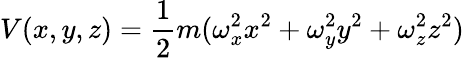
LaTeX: V(x,y,z)=\frac{1}{2}m(\omega_{x}^{2}x^{2}+\omega_{y}^{2}y^{2}+\omega_{z}^{2}z^{2})